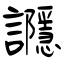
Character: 讔